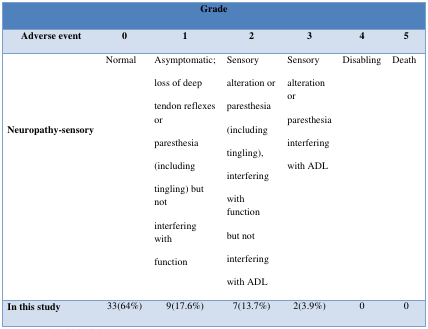
<table><thead><tr><td colspan="7"><b>Grade</b></td></tr><tr><td><b>Adverse event</b></td><td><b>0</b></td><td><b>1</b></td><td><b>2</b></td><td><b>3</b></td><td><b>4</b></td><td><b>5</b></td></tr></thead><tbody><tr><td><b>Neuropathy-sensory</b></td><td>Normal</td><td>Asymptomatic;loss of deeptendon reflexes orparesthesia(includingtingling) but notinterfering withfunction</td><td>Sensoryalteration orparesthesia(includingtingling),interferingwith functionbut notinterferingwith ADL</td><td>Sensoryalteration orparesthesiainterferingwith ADL</td><td>Disabling </td><td>Death</td></tr><tr><td><b>In this study</b></td><td>33(64%)</td><td>9(17.6%)</td><td>7(13.7%)</td><td>2(3.9%)</td><td>0</td><td>0</td></tr></tbody></table>